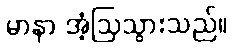
မာနာ အံ့ဩသွားသည်။